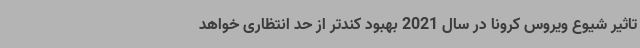
تاثیر شیوع ویروس کرونا در سال 2021 بهبود کندتر از حد انتظاری خواهد